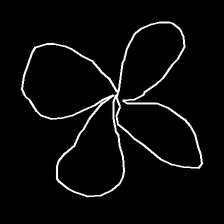
Glyph: billowing